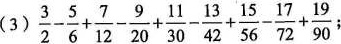
(3)$$\frac { 3 } { 2 } - \frac { 5 } { 6 } + \frac { 7 } { 1 2 } - \frac { 9 } { 2 0 } + \frac { 1 1 } { 3 0 } - \frac { 1 3 } { 4 2 } + \frac { 1 5 } { 5 6 } - \frac { 1 7 } { 7 2 } + \frac { 1 9 } { 9 0 }$$ ；